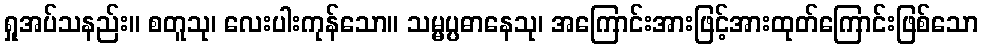
ရှုအပ်သနည်း။ စတူသု၊ လေးပါးကုန်သော။ သမ္မပ္ပဓာနေသု၊ အကြောင်းအားဖြင့်အားထုတ်ကြောင်းဖြစ်သော